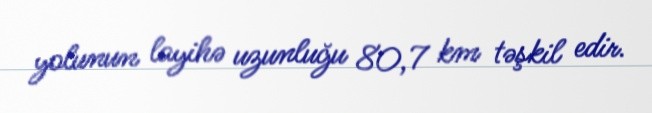
yolunun layihə uzunluğu 80,7 km təşkil edir.